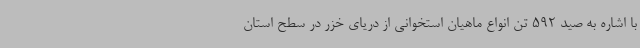
با اشاره به صید 592 تن انواع ماهیان استخوانی از دریای خزر در سطح استان